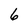
Character: 6